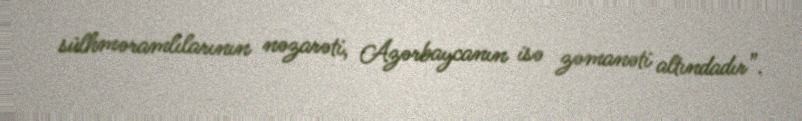
sülhməramlılarının nəzarəti, Azərbaycanın isə zəmanəti altındadır”.